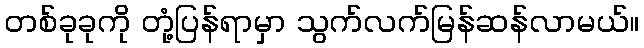
တစ်ခုခုကို တုံ့ပြန်ရာမှာ သွက်လက်မြန်ဆန်လာမယ်။